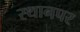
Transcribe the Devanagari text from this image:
स्‍थानपर